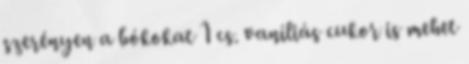
szerényen a bókokat 1 cs. vaníliás cukor is mehet